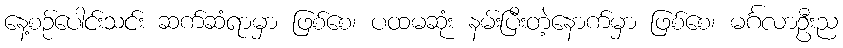
နေ့စဉ်ပေါင်းသင်း ဆက်ဆံရာမှာ ဖြစ်စေ၊ ပထမဆုံး နမ်းပြီးတဲ့နောက်မှာ ဖြစ်စေ၊ မင်္ဂလာဦးည